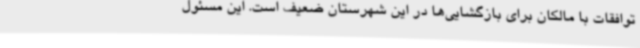
توافقات با مالکان برای بازگشایی‌ها در این شهرستان ضعیف است‌. این مسئول